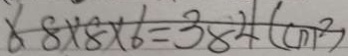
6 8 \times 8 \times 6 = 3 8 4 ( c m ^ { 2 } )